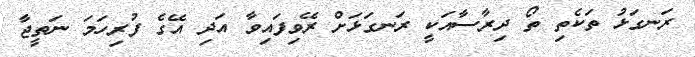
ރަނގަޅު ތަކެތި ތޯ ދިރާސާއަކީ ރަނގަޅަށް ރޭވިފައިވާ އަދި އޭގެ ފުރިހަމަ ނަތީޖާ